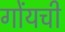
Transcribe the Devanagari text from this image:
गोंयची